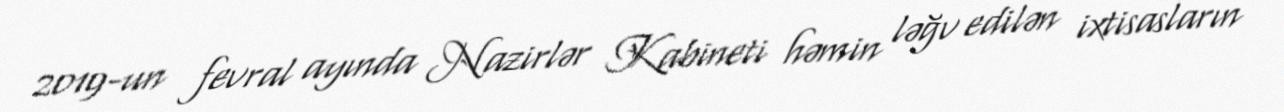
2019-un fevral ayında Nazirlər Kabineti həmin ləğv edilən ixtisasların